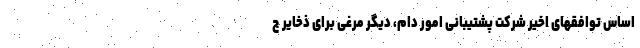
اساس توافقهای اخیر شرکت پشتیبانی امور دام، دیگر مرغی برای ذخایر ج